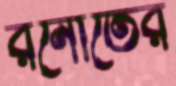
রনৌতের